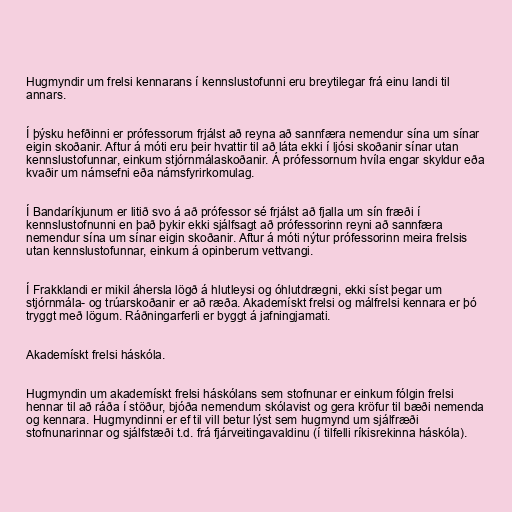
Hugmyndir um frelsi kennarans í kennslustofunni eru breytilegar frá einu landi til
annars.

Í þýsku hefðinni er prófessorum frjálst að reyna að sannfæra nemendur sína um sínar
eigin skoðanir. Aftur á móti eru þeir hvattir til að láta ekki í ljósi skoðanir sínar utan
kennslustofunnar, einkum stjórnmálaskoðanir. Á prófessornum hvíla engar skyldur eða
kvaðir um námsefni eða námsfyrirkomulag.

Í Bandaríkjunum er litið svo á að prófessor sé frjálst að fjalla um sín fræði í
kennslustofnunni en það þykir ekki sjálfsagt að prófessorinn reyni að sannfæra
nemendur sína um sínar eigin skoðanir. Aftur á móti nýtur prófessorinn meira frelsis
utan kennslustofunnar, einkum á opinberum vettvangi.

Í Frakklandi er mikil áhersla lögð á hlutleysi og óhlutdrægni, ekki síst þegar um
stjórnmála- og trúarskoðanir er að ræða. Akademískt frelsi og málfrelsi kennara er þó
tryggt með lögum. Ráðningarferli er byggt á jafningjamati.

Akademískt frelsi háskóla.

Hugmyndin um akademískt frelsi háskólans sem stofnunar er einkum fólgin frelsi
hennar til að ráða í stöður, bjóða nemendum skólavist og gera kröfur til bæði nemenda
og kennara. Hugmyndinni er ef til vill betur lýst sem hugmynd um sjálfræði
stofnunarinnar og sjálfstæði t.d. frá fjárveitingavaldinu (í tilfelli ríkisrekinna háskóla).